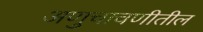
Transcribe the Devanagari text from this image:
अणुचाचणीतील